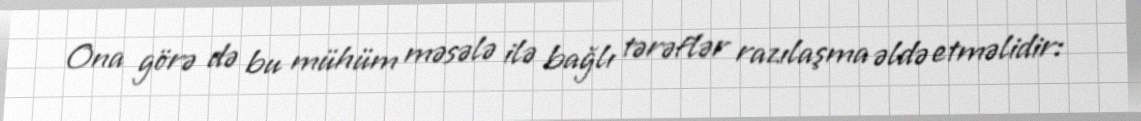
Ona görə də bu mühüm məsələ ilə bağlı tərəflər razılaşma əldə etməlidir: